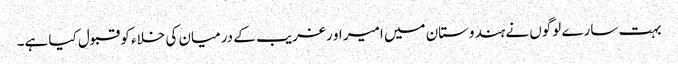
بہت سارے لوگوں نے ہندوستان میں امیر او رغریب کے درمیان کی خلاء کو قبول کیا ہے۔